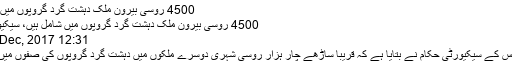
4500 روسی بیرون ملک دہشت گرد گروپوں میں شامل ہیں،
4500 روسی بیرون ملک دہشت گرد گروپوں میں شامل ہیں، سیکیورٹی حکام
12:31 PM, 20 Dec, 2017
ماسکو: روس کے سیکیورٹی حکام نے بتایا ہے کہ قریبا ساڑھے چار ہزار روسی شہری دوسرے ملکوں میں دہشت گرد گروپوں کی صفوں میں شامل ہیں۔